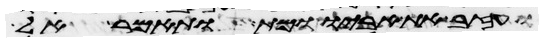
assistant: ועזב את אביו ומת ותאמר אל